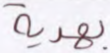
بهدية